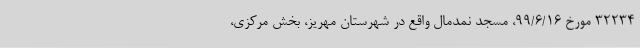
۳۲۲۳۴ مورخ ۹۹/۶/۱۶، مسجد نمدمال واقع در شهرستان مهریز، بخش مرکزی،